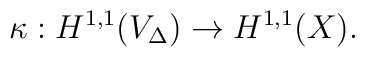
\kappa:H^{1,1}(V_\Delta)\to H^{1,1}(X).